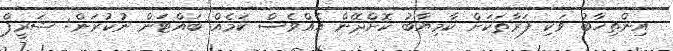
އިންތިޚާބު ވަކި ފަރާތަކަށް ކާމިޔާބު ކޮށްދޭން އެއްވެސް ކަމެއް ބައްޓަން ނުކުރަން: ޝަރީފް